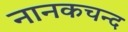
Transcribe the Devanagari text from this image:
नानकचन्द